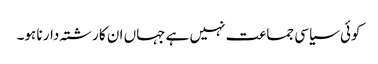
کوئی سیاسی جماعت نہیں ہے جہاں ان کا رشتہ دار نا ہو۔